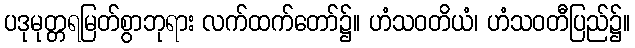
ပဒုမုတ္တရမြတ်စွာဘုရား လက်ထက်တော်၌။ ဟံသဝတိယံ၊ ဟံသဝတီပြည်၌။